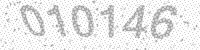
Solution: 010146